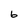
Character: 6